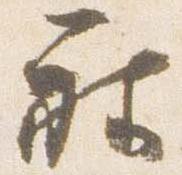
被